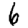
Digit: 6